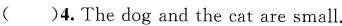
( )4.The dog and the cat are small.